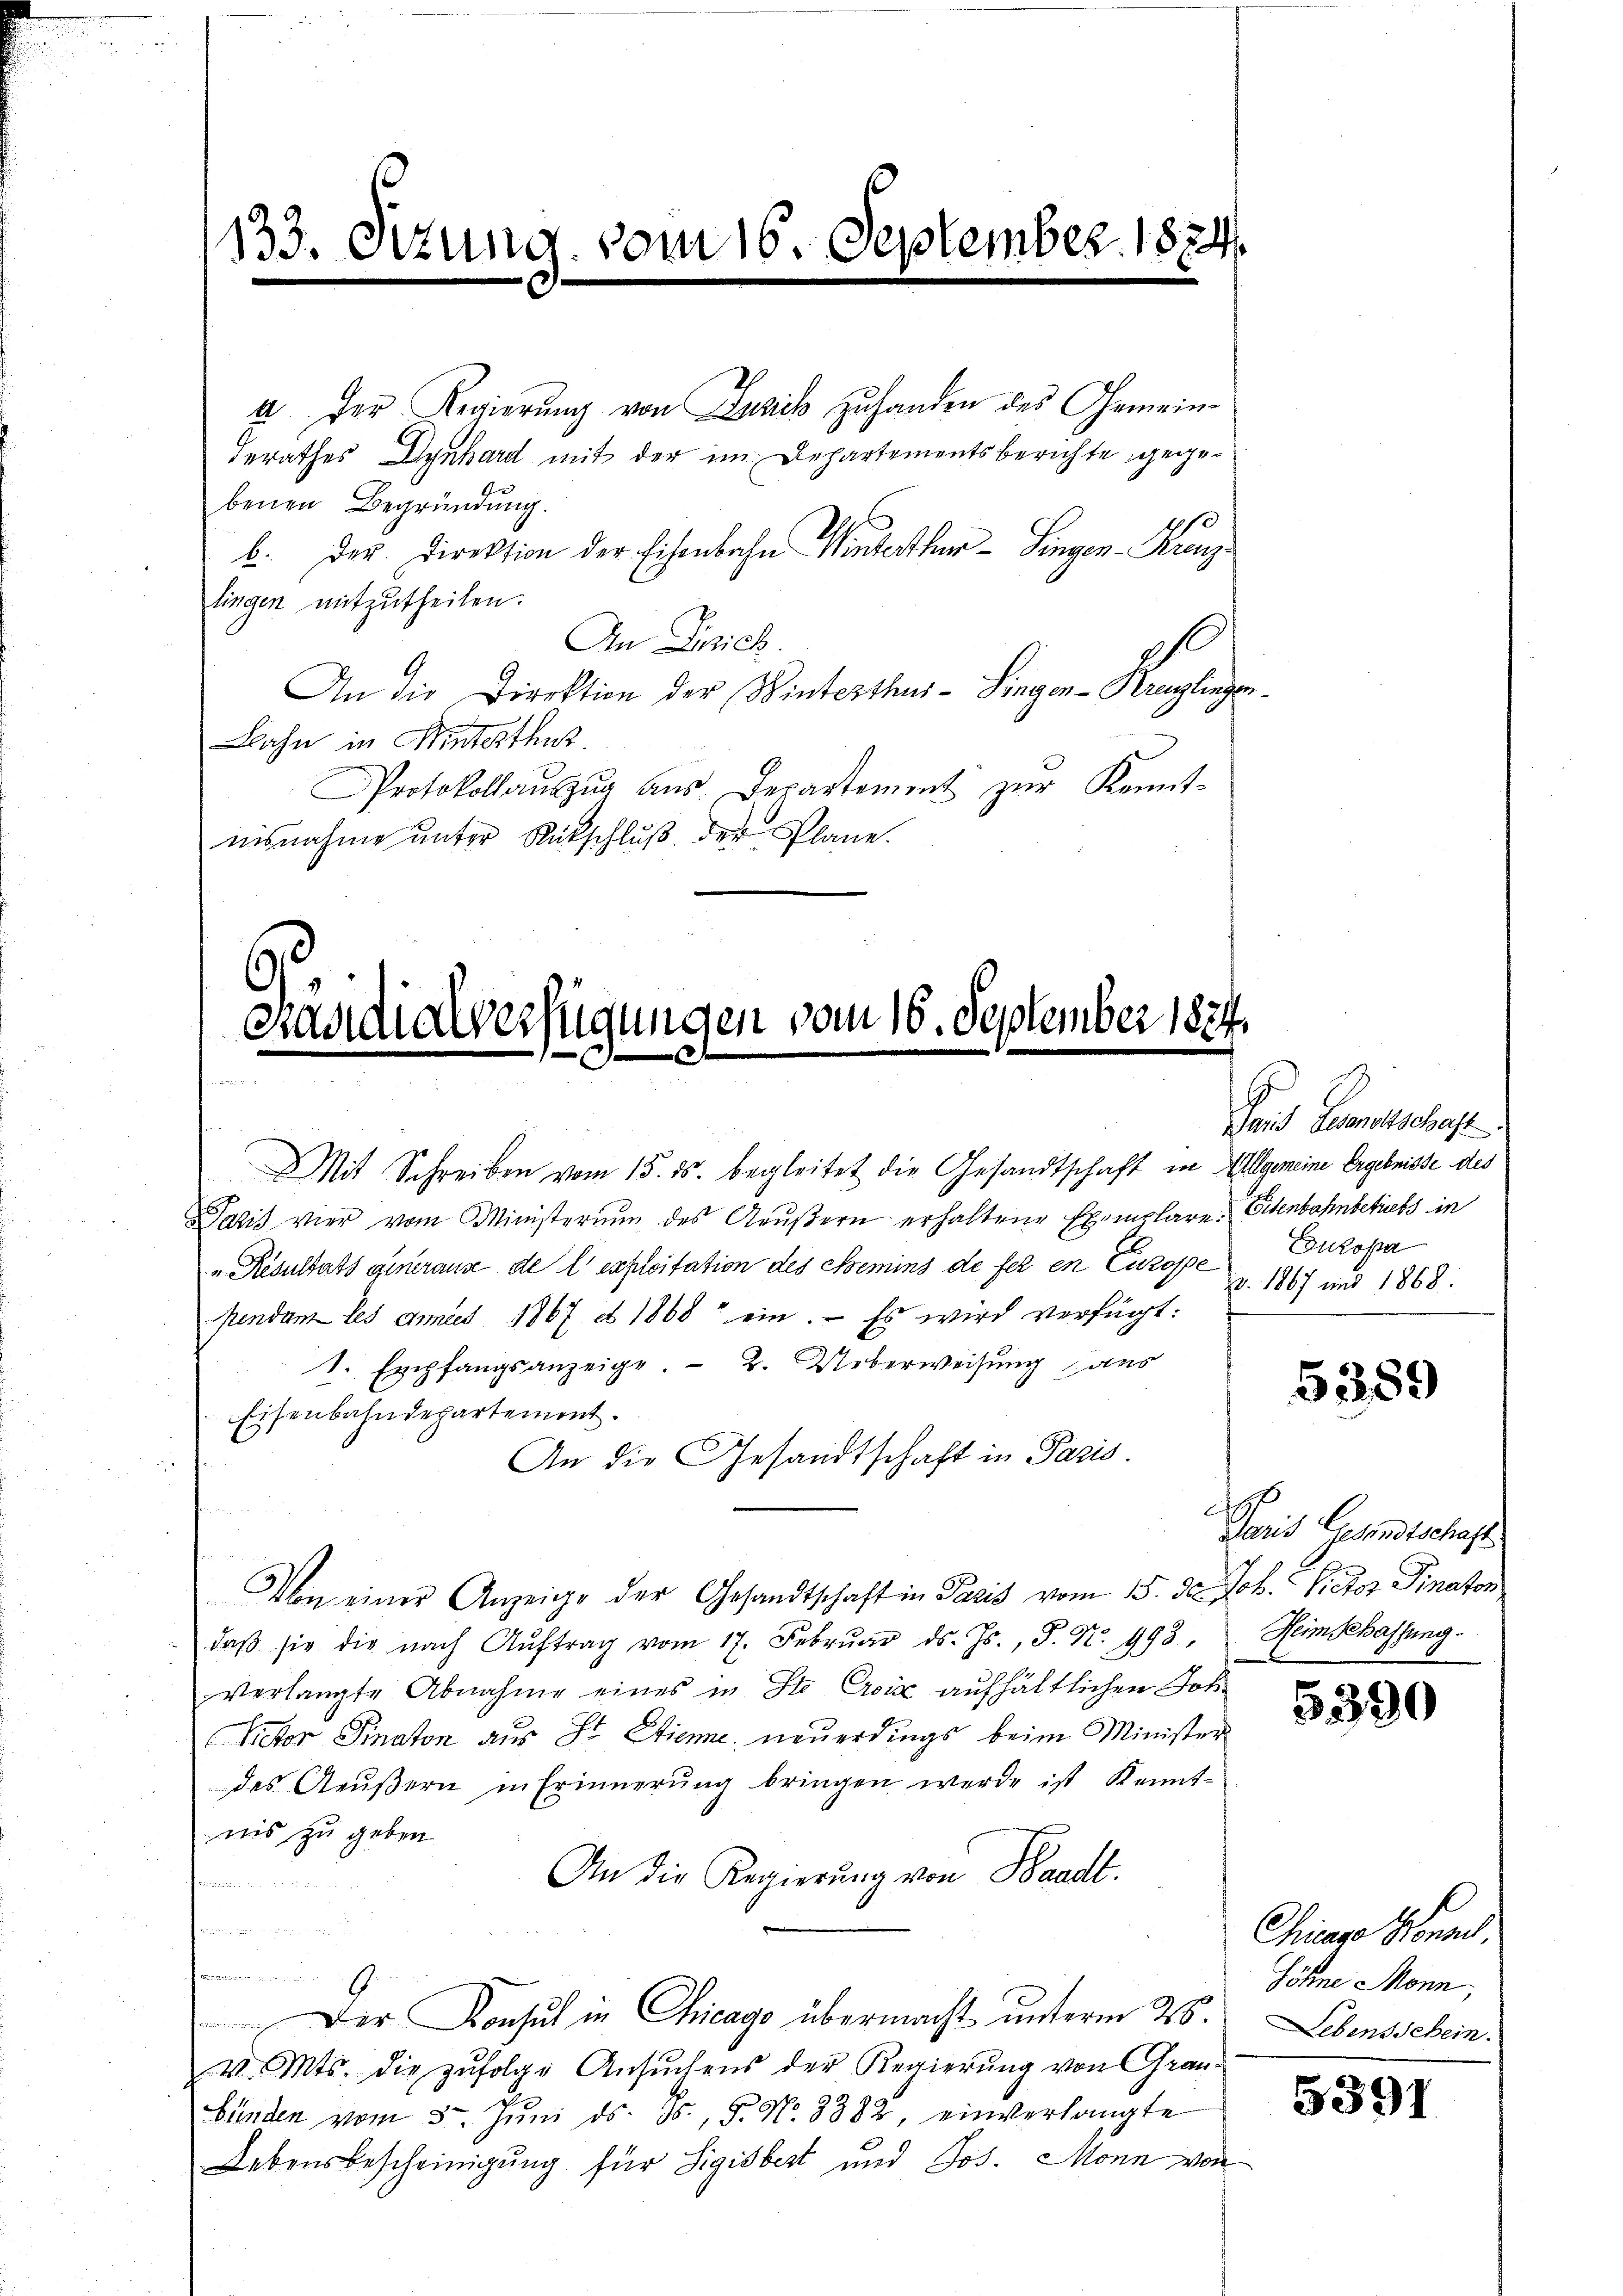
133. Sitzung vom 16. September 1824.

a. Der Regierŭng von Zusick zu handen des Gemein¬
Gerathes Dynhard mit der im Departementsberichte gegebenen Begründung.
b. Der Direktion der Eisenbahn Winterthur–Singen-Krenzlingen mitzutheilen.
An Gerich.
An die Direktion der Winterthus - Singen-Kreuzlingen¬
Bahn in Hinterthur.
Protokollaŭszŭg aŭs Departement zŭr Kennt-
nisnahme unter Rückschlŭβ der Plane.

s
Grandialverfügungen vom 16. September 182.

Mit Schreiben vom 15. ds. begleitet die Gesandtschaft in Allgemeine Ergebnisse des
Satis vier vom Ministerium des Aeŭβern erhaltene Exemplare Eisenbahnbetrets in
„Resultats generaus de l’exploitation des Semins de fer en Cuzoppe
pendant les annes 1867 n 1868 ein. - Es wird verfügt:
1. Exchfangsanzeige. - 2. Ueberweisung aus
Eisenbahndepartement.
An die Gesandtschaft in Paris.
Von einer Anzeige der Gesandtschaft in Paris vom 15. d. Job. Victor Dinator
daβ sie die nach Aŭftrag vom 17. Febrŭar d. Js., S. Nr. 993,
verlangte Abnahme eines in Ste Croix aufhältlichen Jok¬
Rector Finaton aus St. Etienne, neuerdings beim Minister
des Aeußern in Erinnerung bringen werde ist Kennt-
nis zu geben
An die Regierung von Waadt.

.
Der Konsul in Chicago übermacht unterm 26.
v. Mts. die zŭfolge Ansŭchens der Regierŭng von Gran-
bünden vom 5. Jŭni d. Js., S. No. 8882, einverlangte
Lebensbescheinigung für Sigisbert und Jos. Monn von

Taid Gewaltschaft
Europa
v. 1867 und 1868.

5389

Zeit Gesandtschaft
Heimschaffung.

5390

Chicago Honor
Söhne Monn,
Lebensschein.

5391